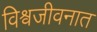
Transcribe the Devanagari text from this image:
विश्वजीवनात